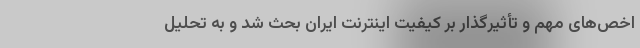
اخص‌های مهم و تأثیرگذار بر کیفیت اینترنت ایران بحث شد و به تحلیل